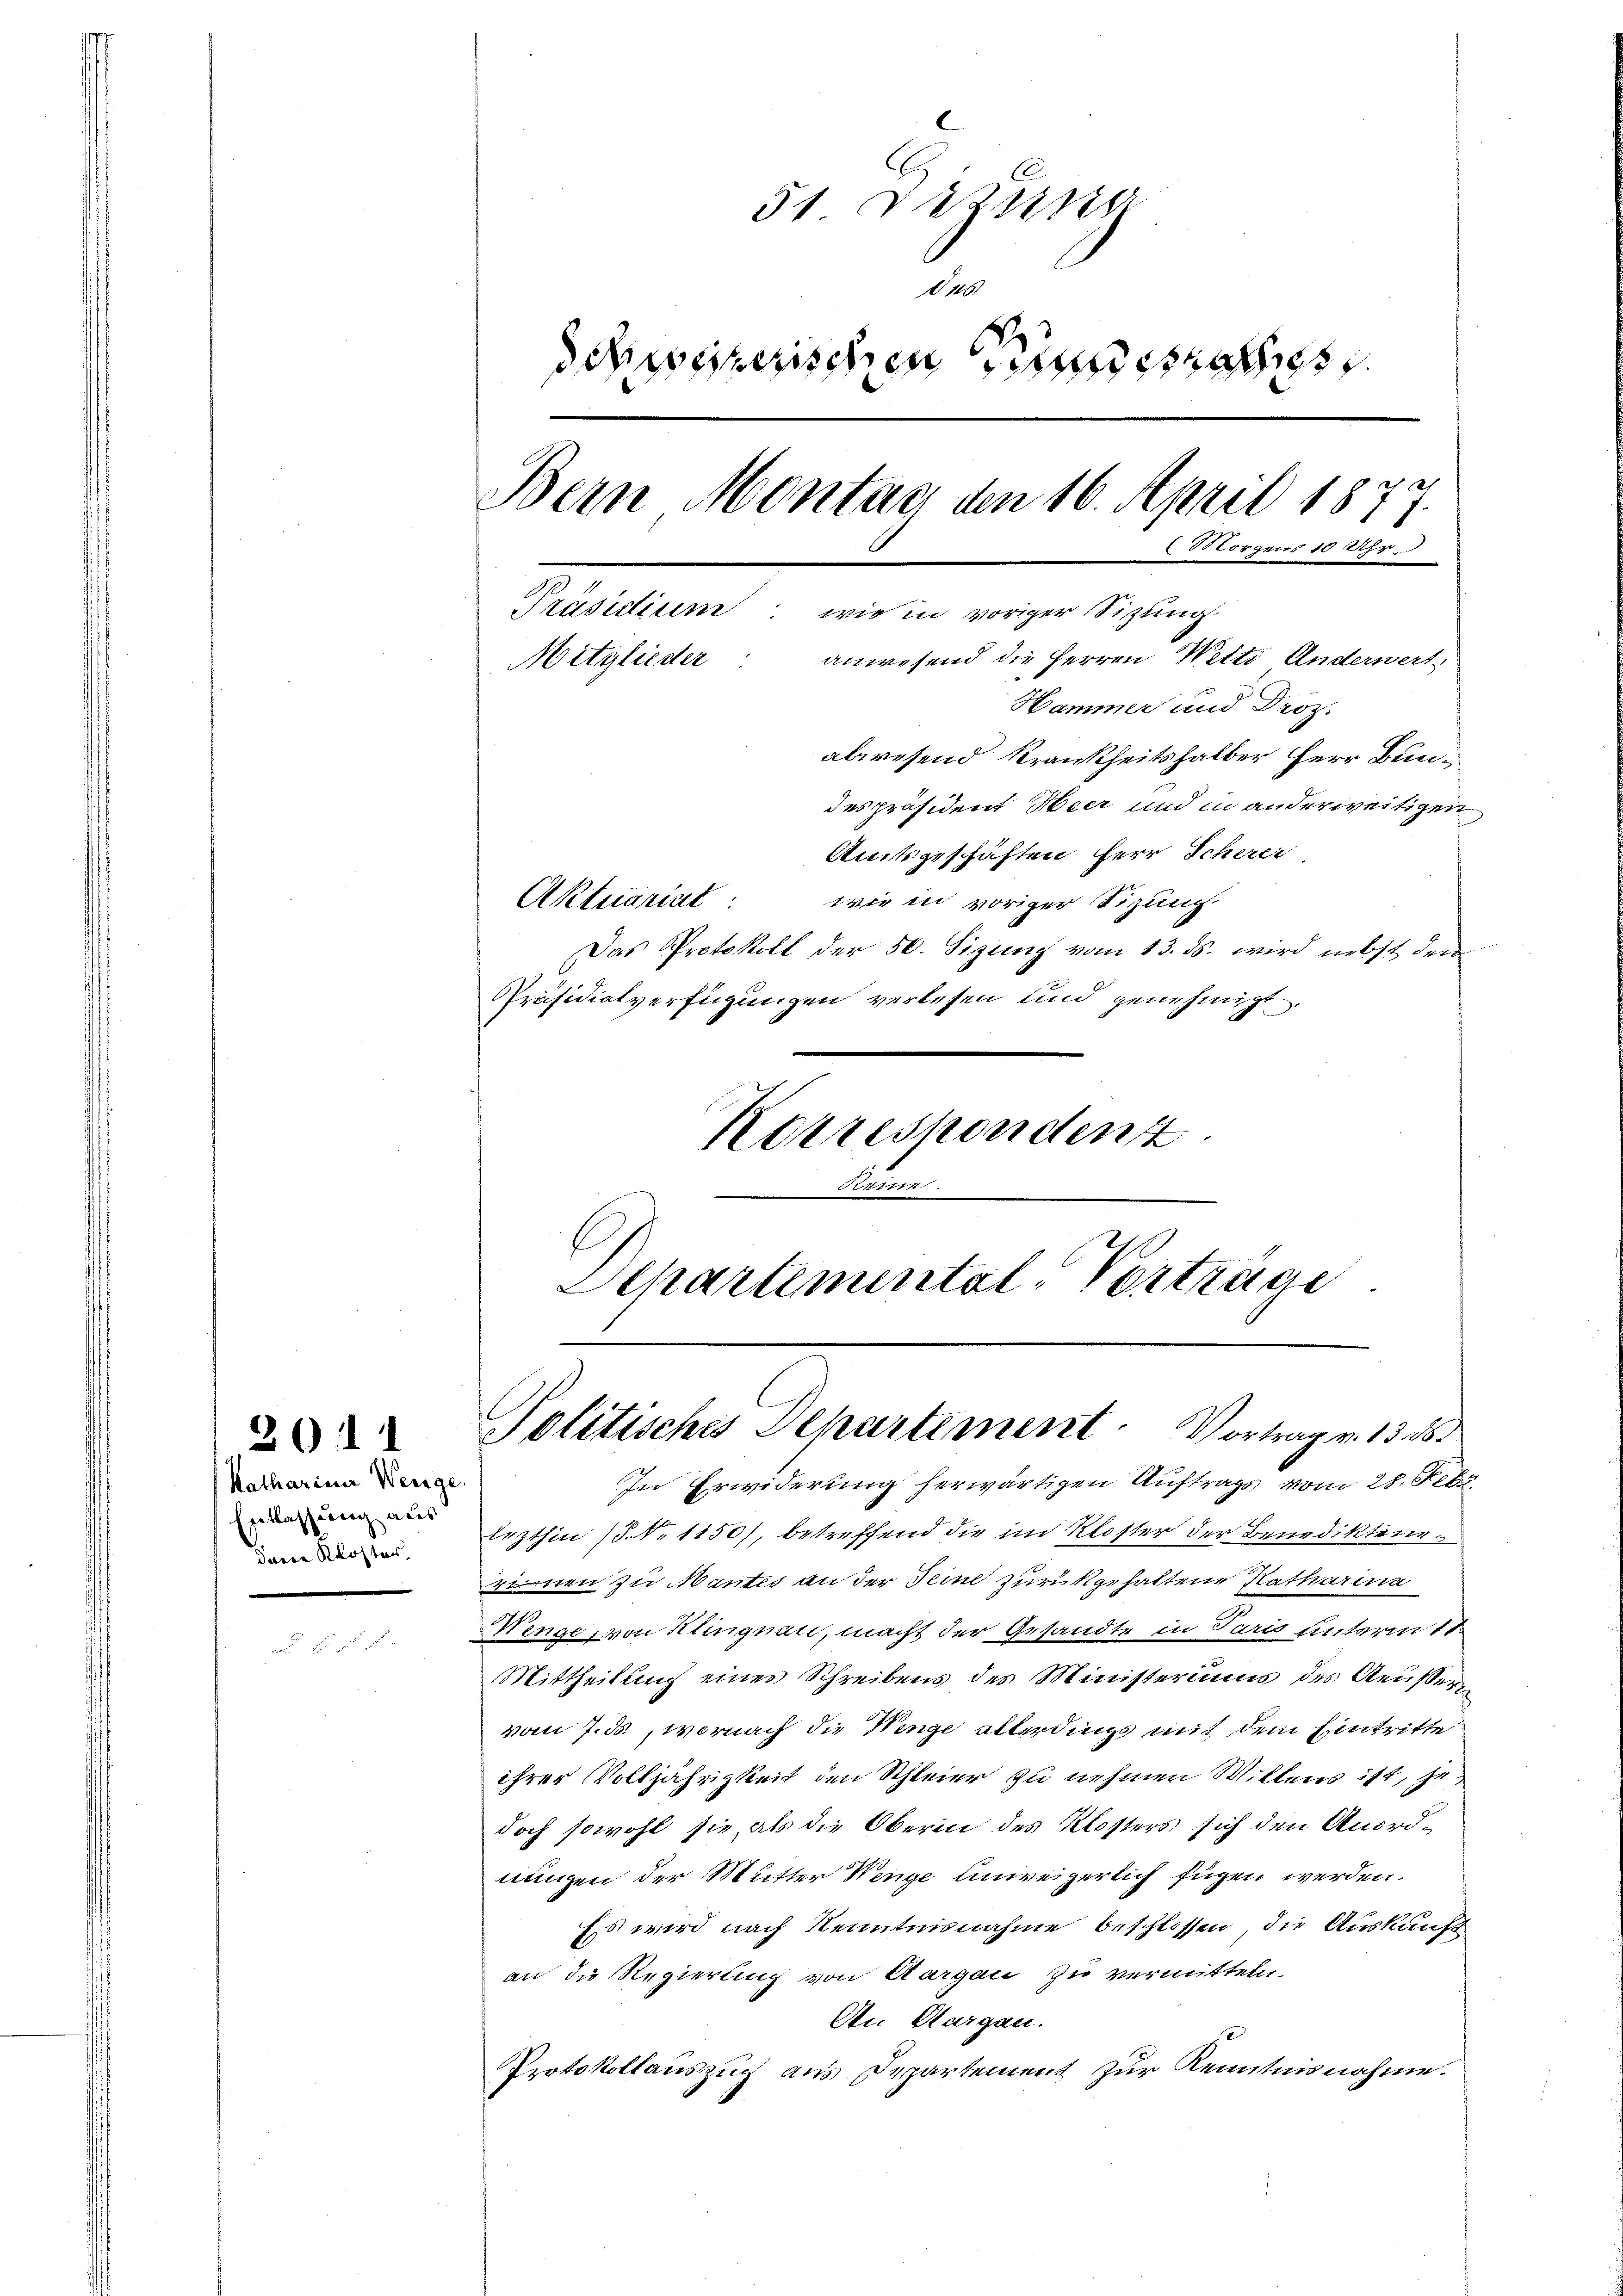
Katharina Wenge
Entlassung aus
daren Kloster.

3011

51 Dezung
15
eirischen a
Bern Montag den 16. April 187
Morgens 10 Uhr.
Präsidium wie in voriger Sitzung
anwesend die Herren Wetti Anderwert
Mitglieder
Hammer und Droz.
alresend Krankheitshalber Herr Bun¬

despräsident Heer und in anderweitigen
Amtsgeschäften Herr Scherer
Aktuariat
wie in voriger Sitzung
Das Protokoll der 50. Sizung vom 13. ds. wird nebst dem
Präsidialverfügungen verlesen und genehmigt.
Korrespondent
Ar
Separtemental-Vortrage

In Erwiderung herwärtigen Auftrags vom 28. Febr.
lezthin (§. No 1150), betreffend die im Kloster der Benediktinezinnen zu Mantes an der Seine zurükgehaltene Katharina
Wenge, von Klingnare, macht der Gesandte in Paris unterm 11
Mittheilung eines Schreibens des Ministeriums des Aeusser
vom 7. ds., wornach die Wenge allerdings mit dem Eintritte
ihrer Volljährigkeit den Schleier zu nehmen Willens ist, zu
doch sowohl sie, als die Oberin des Klosters sich den Anordnungen der Mutter Wenge unweigerlich fügen werden.
Es wird nach Kenntnisnahme beschlossen, die Auskauft
an die Regierung von Aargau zu vermitteln.
An Aargau.
Protokollauszug aus Departement zur Kenntnisnahme.

Politisches Departement Vortrag v. 13 d